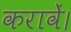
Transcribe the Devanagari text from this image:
करावें।